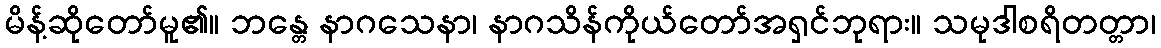
မိန့်ဆိုတော်မူ၏။ ဘန္တေ နာဂသေနာ၊ နာဂသိန်ကိုယ်တော်အရှင်ဘုရား။ သမုဒါစရိတတ္တာ၊